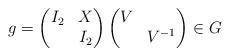
LaTeX: \begin{align*} g = \begin{pmatrix} I_2 & X\\ & I_2\end{pmatrix}\begin{pmatrix}V & \\ & V^{-1}\end{pmatrix} \in G\end{align*}